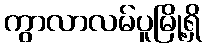
ကွာလာလမ်ပူမြို့ရှိ